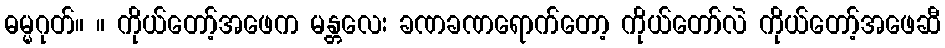
ဓမ္မဂုတ်။ ။ ကိုယ်တော့်အဖေက မန္တလေး ခဏခဏရောက်တော့ ကိုယ်တော်လဲ ကိုယ်တော့်အဖေဆီ